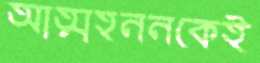
আত্মহননকেই